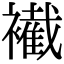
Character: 𧞛